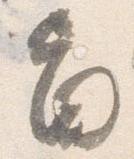
旨